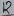
Text: 12